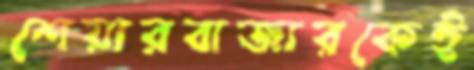
শেয়ারবাজারকেই